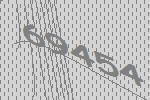
69454